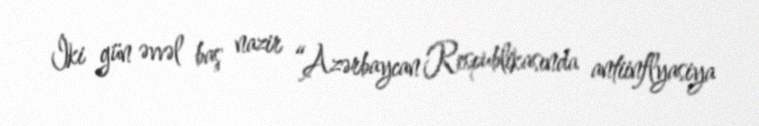
İki gün əvvəl baş nazir “Azərbaycan Respublikasında antiinflyasiya